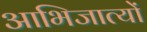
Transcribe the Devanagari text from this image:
आभिजात्यों